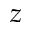
z